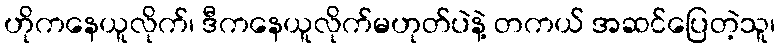
ဟိုကနေယူလိုက်၊ ဒီကနေယူလိုက်မဟုတ်ပဲနဲ့ တကယ် အဆင်ပြေတဲ့သူ၊